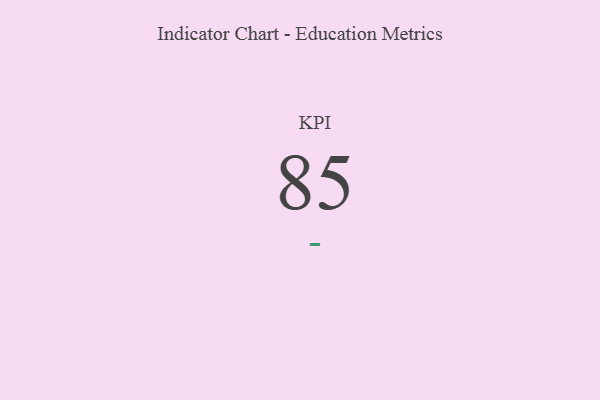
{"axis": {"x": "KPI", "y": "Value"}, "legend": [""], "data": [{"x": "KPI", "y": 85, "type": ""}]}